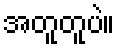
အတူတူပဲ။